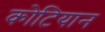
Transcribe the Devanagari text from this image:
कोटियान